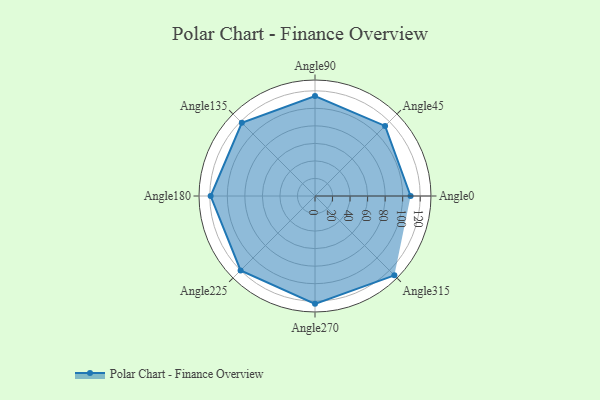
{"axis": {"x": "Angle", "y": "Radius"}, "legend": [""], "data": [{"x": "Angle0", "y": 109.0, "type": ""}, {"x": "Angle45", "y": 113.0, "type": ""}, {"x": "Angle90", "y": 114.0, "type": ""}, {"x": "Angle135", "y": 118.0, "type": ""}, {"x": "Angle180", "y": 119.0, "type": ""}, {"x": "Angle225", "y": 120.0, "type": ""}, {"x": "Angle270", "y": 123.0, "type": ""}, {"x": "Angle315", "y": 128.0, "type": ""}]}